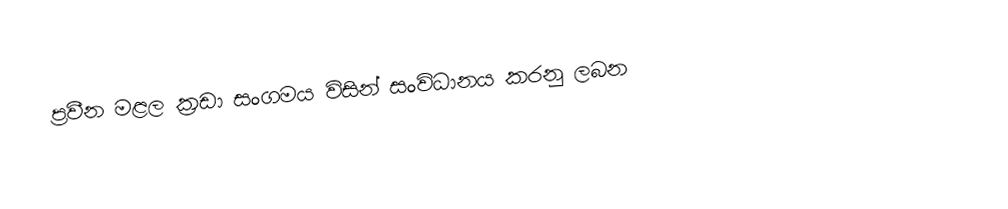
ප්‍රවීන මළල ක්‍රඩා සංගමය විසින් සංවිධානය කරනු ලබන